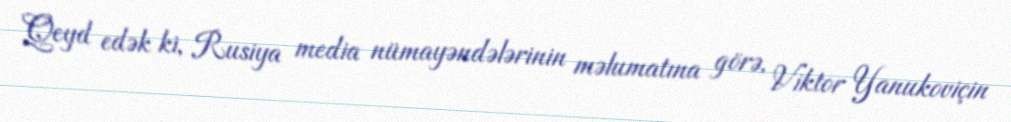
Qeyd edək ki, Rusiya media nümayəndələrinin məlumatına görə, Viktor Yanukoviçin